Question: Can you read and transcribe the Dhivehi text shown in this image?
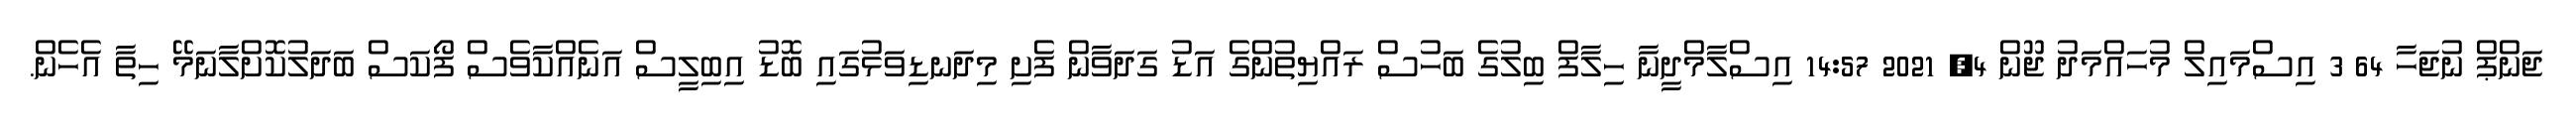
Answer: ޖަންޕް ނުޖަހާ 64 3 އިސްމައިލް މުހައްމަދު ޖޫން 4, 2021 14:57 އިސްލާމްދީނާ ހިލާފް ބިލުގެ ބަހުސް ރައްޔިތުންގެ އަޑު ގަދަވާން ފެށި މިދަނޑިވަޅުގައި ބޮޑު އިބިލީސް އަނެއްކާވެސް ފޯކަސް ބަދަލުކޮށްލާނަމޭ ހިތާ އެހެން.